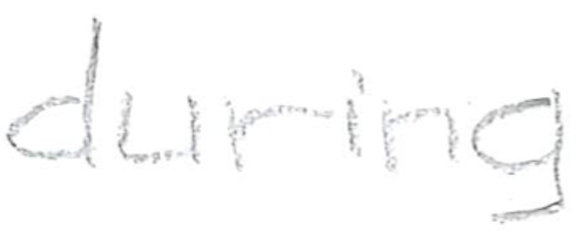
Text: during
Cross-out: clean
Writing tool: pencil